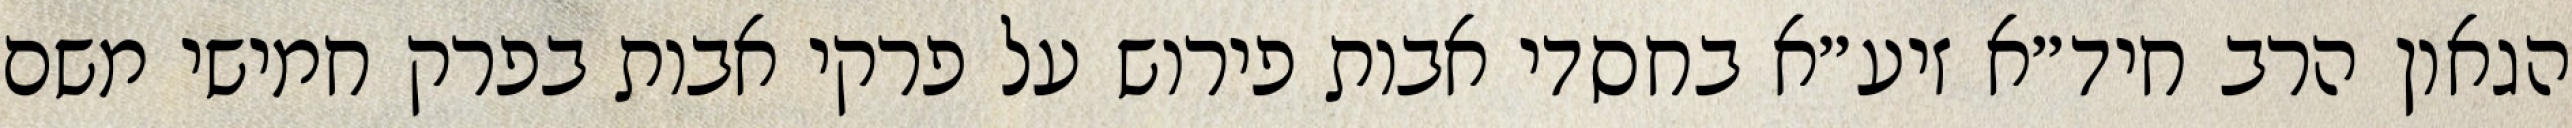
הגאון הרב חיד״א זיע״א בחסדי אבות פירוש על פרקי אבות בפרק חמישי משם